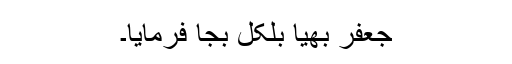
جعفر بھیا بلکل بجا فرمایا۔